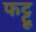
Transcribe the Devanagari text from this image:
फट्टू